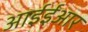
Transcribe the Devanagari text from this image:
आईईआर